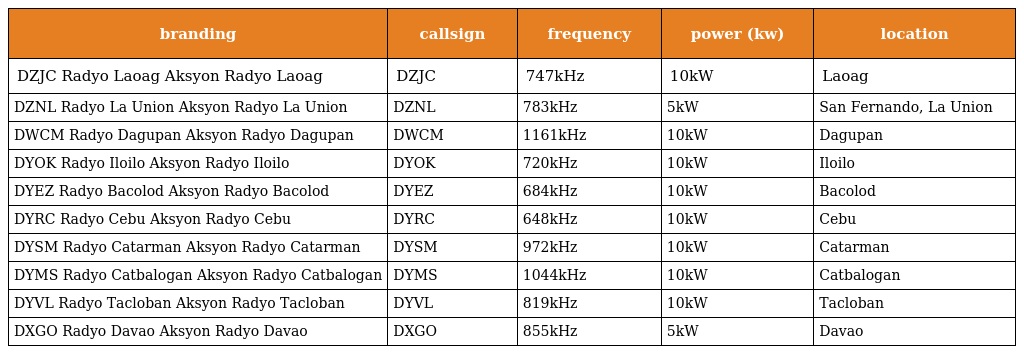
| branding | callsign | frequency | power (kw) | location |
 | --- | --- | --- | --- | --- |
 | DZJC Radyo Laoag Aksyon Radyo Laoag | DZJC | 747kHz | 10kW | Laoag |
 | DZNL Radyo La Union Aksyon Radyo La Union | DZNL | 783kHz | 5kW | San Fernando, La Union |
 | DWCM Radyo Dagupan Aksyon Radyo Dagupan | DWCM | 1161kHz | 10kW | Dagupan |
 | DYOK Radyo Iloilo Aksyon Radyo Iloilo | DYOK | 720kHz | 10kW | Iloilo |
 | DYEZ Radyo Bacolod Aksyon Radyo Bacolod | DYEZ | 684kHz | 10kW | Bacolod |
 | DYRC Radyo Cebu Aksyon Radyo Cebu | DYRC | 648kHz | 10kW | Cebu |
 | DYSM Radyo Catarman Aksyon Radyo Catarman | DYSM | 972kHz | 10kW | Catarman |
 | DYMS Radyo Catbalogan Aksyon Radyo Catbalogan | DYMS | 1044kHz | 10kW | Catbalogan |
 | DYVL Radyo Tacloban Aksyon Radyo Tacloban | DYVL | 819kHz | 10kW | Tacloban |
 | DXGO Radyo Davao Aksyon Radyo Davao | DXGO | 855kHz | 5kW | Davao |